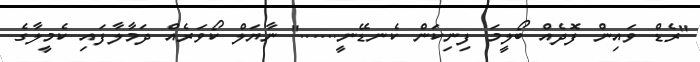
"ރެޑް ވައިން ފޮދެއް ބޯލީމަ ފިނިކަން ކެނޑޭނީ......" ނާޔަލް ކޯވަރެއް ދަމާލާފައި ކެމީލާގެ